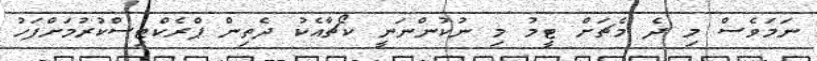
ނަމަވެސް މި ދެ މެޗަށް ޓީމު މި ނުކުންނަނީ ކޯޗާއެކު ދެތިން ޕްރެކްޓިސްކުރުމަށްފަހު